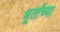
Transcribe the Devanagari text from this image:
धूर्तांच्या